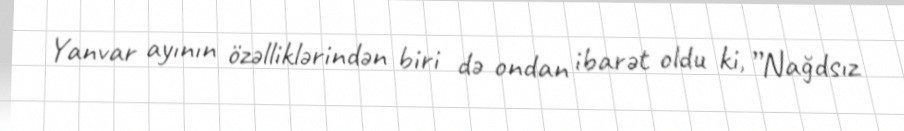
Yanvar ayının özəlliklərindən biri də ondan ibarət oldu ki, ”Nağdsız